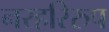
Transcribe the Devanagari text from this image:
नरहरिरुप